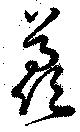
羨